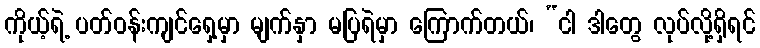
ကိုယ့်ရဲ့ ပတ်ဝန်းကျင်ရှေ့မှာ မျက်နှာ မပြရဲမှာ ကြောက်တယ်၊ “ငါ ဒါတွေ လုပ်လို့ရှိရင်